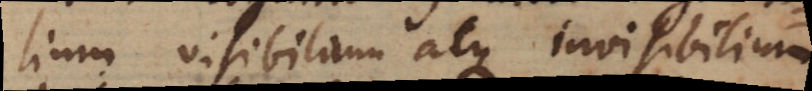
lium visibilium atque invisibilium